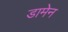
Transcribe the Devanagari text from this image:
डामेन